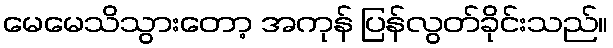
မေမေသိသွားတော့ အကုန် ပြန်လွတ်ခိုင်းသည်။